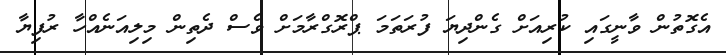
އެގޮތުން ވާނީގައި ކުރިއަށް ގެންދިޔަ ފުރަތަމަ ޕްރޮގްރާމަށް ވެސް ދެތިން މިލިއަނެއްހާ ރުފިޔާ